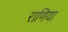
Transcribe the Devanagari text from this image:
राणिया